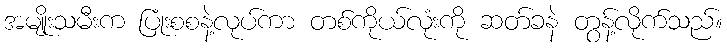
အမျိုးသမီးက ပြုံးစစနဲ့လုပ်ကာ တစ်ကိုယ်လုံးကို ဆတ်ခနဲ တွန့်လိုက်သည်။